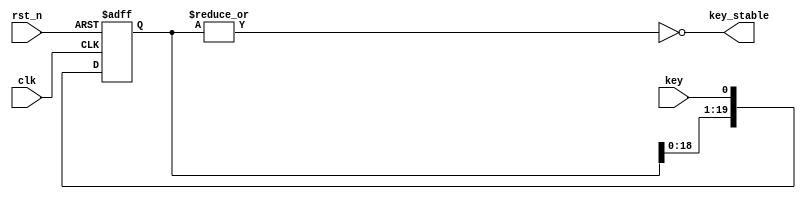
/*
 * @Author: BerZaa 
 * @Date: 2021-10-25 09:27:07 
 * @Last Modified by: BerZaa
 * @Last Modified time: 2021-10-25 09:33:05
 */

module key_filter (
    input  wire clk         ,
    input  wire rst_n       ,
    input  wire key         ,
    output wire key_stable  
);

    reg [19 : 0]ff_q;

    always @(posedge clk, negedge rst_n) begin
        if(!rst_n) begin
            ff_q <= 20'b11111_11111_11111_11111;
        end
        else begin
            ff_q <= {ff_q[18 : 0], key};
        end
    end

    assign key_stable = ~(|ff_q);

endmodule